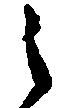
之